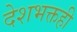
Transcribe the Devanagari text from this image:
देशभक्तही